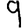
Digit: 9